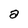
Character: a